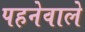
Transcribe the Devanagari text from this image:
पहनेवाले